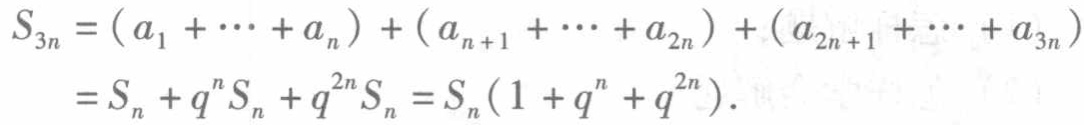
\[
\begin{align*}
S_{3n}&=(a_1+\cdots +a_n)+(a_{n + 1}+\cdots +a_{2n})+(a_{2n+1}+\cdots +a_{3n})\\
&=S_n+q^nS_n+q^{2n}S_n=S_n(1 + q^n+q^{2n}).
\end{align*}
\]